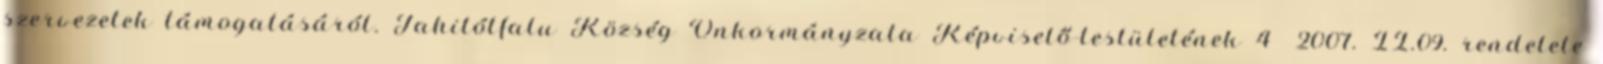
szervezetek támogatásáról. Tahitótfalu Község Önkormányzata Képviselő-testületének 4 2007. II.09. rendelete